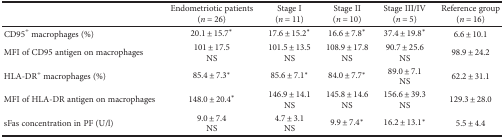
|  | Endometriotic patients(n = 26) | Stage I(n = 11) | Stage II(n = 10) | Stage III/IV(n = 5) | Reference group(n = 16) |
 | --- | --- | --- | --- | --- | --- |
 | CD95+ macrophages (%) | 20.1 ± 15.7∗ | 17.6 ± 15.2∗ | 16.6 ± 7.8∗ | 37.4 ± 19.8∗ | 6.6 ± 10.1 |
 | MFI of CD95 antigen on macrophages | 101 ± 17.5NS | 101.5 ± 13.5NS | 108.9 ± 17.8NS | 90.7 ± 25.6NS | 98.9 ± 24.2 |
 | HLA-DR+ macrophages (%) | 85.4 ± 7.3∗ | 85.6 ± 7.1∗ | 84.0 ± 7.7∗ | 89.0 ± 7.1NS | 62.2 ± 31.1 |
 | MFI of HLA-DR antigen on macrophages | 148.0 ± 20.4∗ | 146.9 ± 14.1NS | 145.8 ± 14.6NS | 156.6 ± 39.3NS | 129.3 ± 28.0 |
 | sFas concentration in PF (U/l) | 9.0 ± 7.4NS | 4.7 ± 3.1NS | 9.9 ± 7.4∗ | 16.2 ± 13.1∗ | 5.5 ± 4.4 |